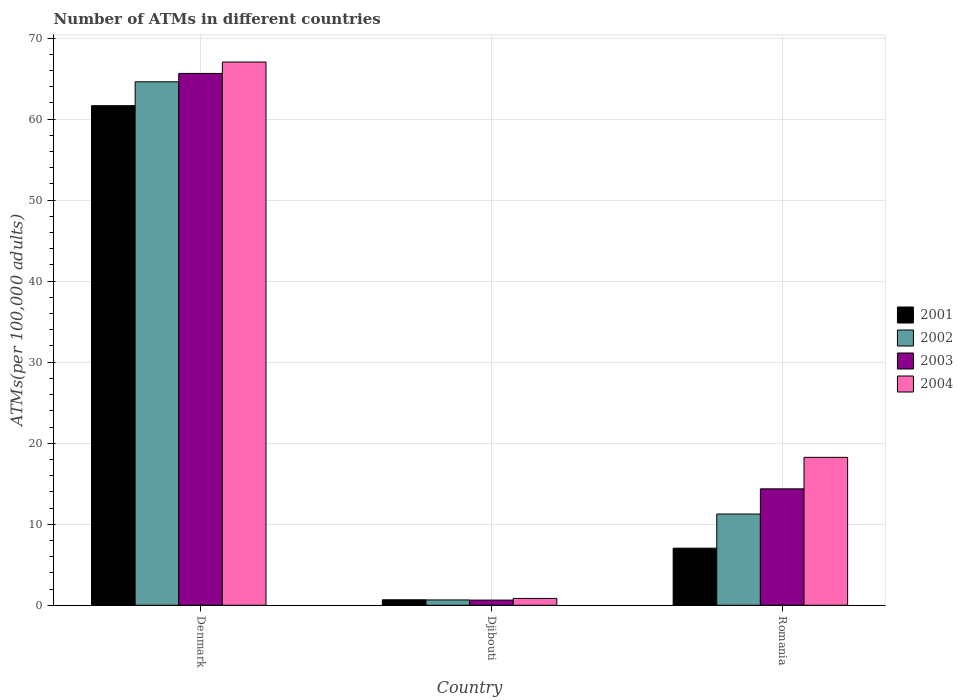
| Country | 2001 | 2002 | 2003 | 2004 |
 | --- | --- | --- | --- | --- |
 | Denmark | 61.7 | 64.6 | 65.6 | 67 |
 | Djibouti | 0.676 | 0.656 | 0.638 | 0.844 |
 | Romania | 7.04 | 11.3 | 14.4 | 18.3 |